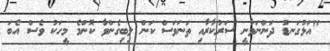
"އަޅުގަނޑު ދަންނަވާނީ ސަރުކާރާއި ތަނަވަސް ކަން ލިބިގެންވާ ކޮންމެ މީހަކު ވެސް އެބަ